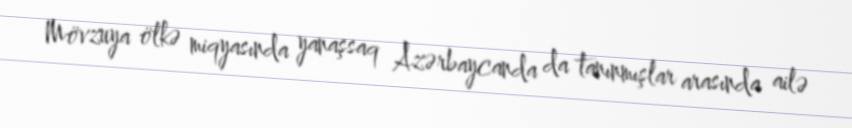
Mövzuya ölkə miqyasında yanaşsaq Azərbaycanda da tanınmışlar arasında ailə